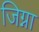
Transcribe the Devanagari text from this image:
जिग्ना